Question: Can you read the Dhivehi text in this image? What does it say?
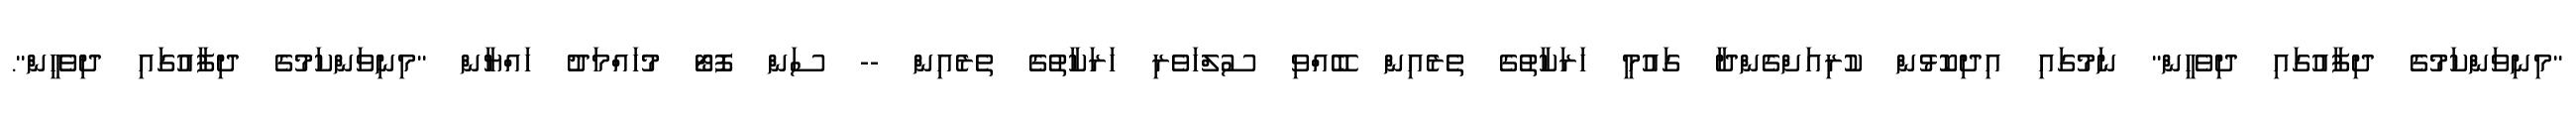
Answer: "މިނިވަންކަމުގެ ދިފާއުގައި ދިވެހީން" ނަމުގައި އިދިކޮޅުން ކުރިއަށްގެންދާ ގައުމީ ހަރަކާތުގެ ތެރެއިން ބޭއްވި ސުލްހަވެރި ހަރަކާތުގެ ތެރެއިން -- ސަން ފޮޓޯ މުހައްމަދު ހައްޔާން "މިނިވަންކަމުގެ ދިފާއުގައި ދިވެހީން".